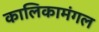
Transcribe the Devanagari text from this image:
कालिकामंगल